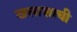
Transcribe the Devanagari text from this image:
खलाशाची